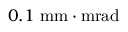
0 . 1 \ \mathrm { m m \cdot m r a d }